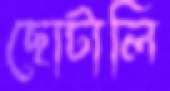
ছোটালি